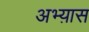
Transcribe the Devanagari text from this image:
अभ्य़ास